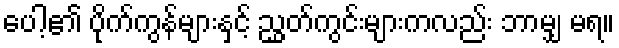
ပေါ့၏ ပိုက်ကွန်များနှင့် ညွှတ်ကွင်းများကလည်း ဘာမျှ မရ။